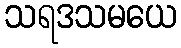
သရဒသမယေ